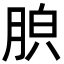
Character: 𦛤